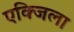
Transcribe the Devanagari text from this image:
एक्जिला